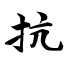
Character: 抗